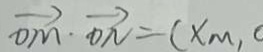
\overrightarrow { O M } \cdot \overrightarrow { D N } = ( X _ { m } ,